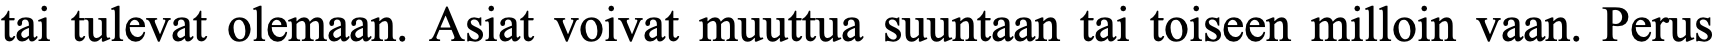
tai tulevat olemaan. Asiat voivat muuttua suuntaan tai toiseen milloin vaan. Perus